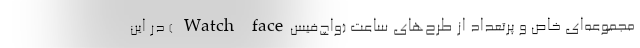
مجموعه‌ای خاص و پرتعداد از طرح‌های ساعت (واچ‌فیس‌Watch face ) در این